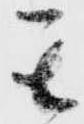
其